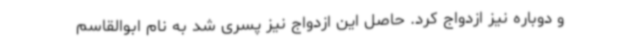
و دوباره نیز ازدواج کرد. حاصل این ازدواج نیز پسری شد به نام ابوالقاسم